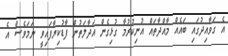
އެ ގަވާއިދުގައި ބައެއް މާއްދާތައް އުނިކުރުމާ ގުޅިގެން އަދާލަތުން ފާޑުކިޔާފައިވީ ނަމަވެސް އެ